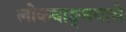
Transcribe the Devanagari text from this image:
लोकवाङ्‌मयाचे